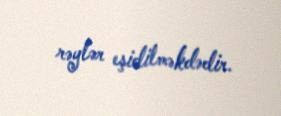
rəylər eşidilməkdədir.